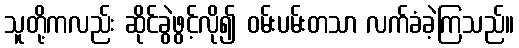
သူတို့ကလည်း ဆိုင်ခွဲဖွင့်လို၍ ဝမ်းပမ်းတသာ လက်ခံခဲ့ကြသည်။